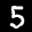
Label: 5